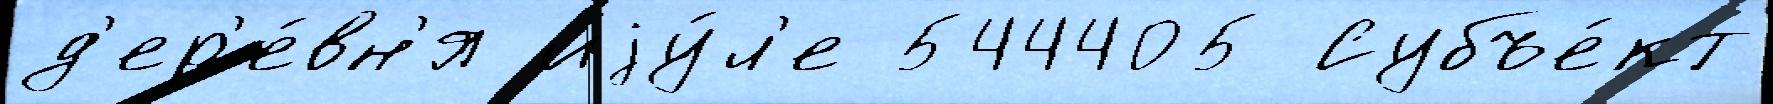
д'ер'е́вн'я иjу́л'е 544405 Субъе́кт